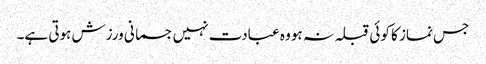
جس نماز کا کوئی قبلہ نہ ہو وہ عبادت نہیں جسمانی ورزش ہوتی ہے۔